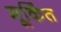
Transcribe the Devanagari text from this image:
मूर्किंत